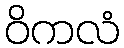
ဝိကလံ